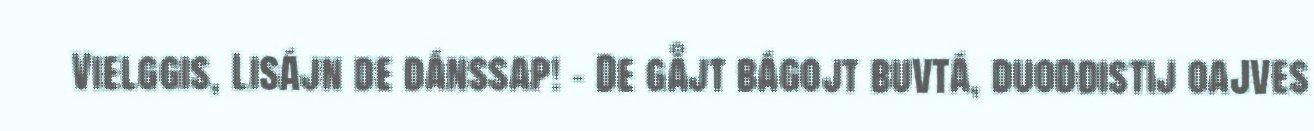
Vielggis, Lisájn de dánssap! – De gåjt bágojt buvtá, duoddistij oajves